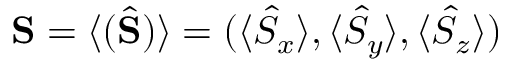
{ \bf S } = \langle ( \hat { \bf S } ) \rangle = ( \langle \hat { S } _ { x } \rangle , \langle \hat { S } _ { y } \rangle , \langle \hat { S } _ { z } \rangle )